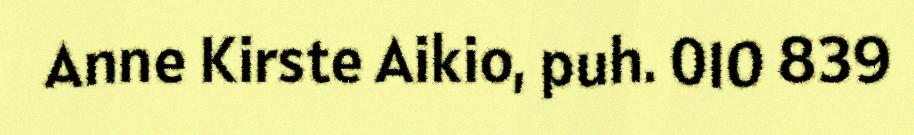
Anne Kirste Aikio, puh. 010 839